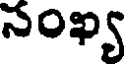
నంఖ్య